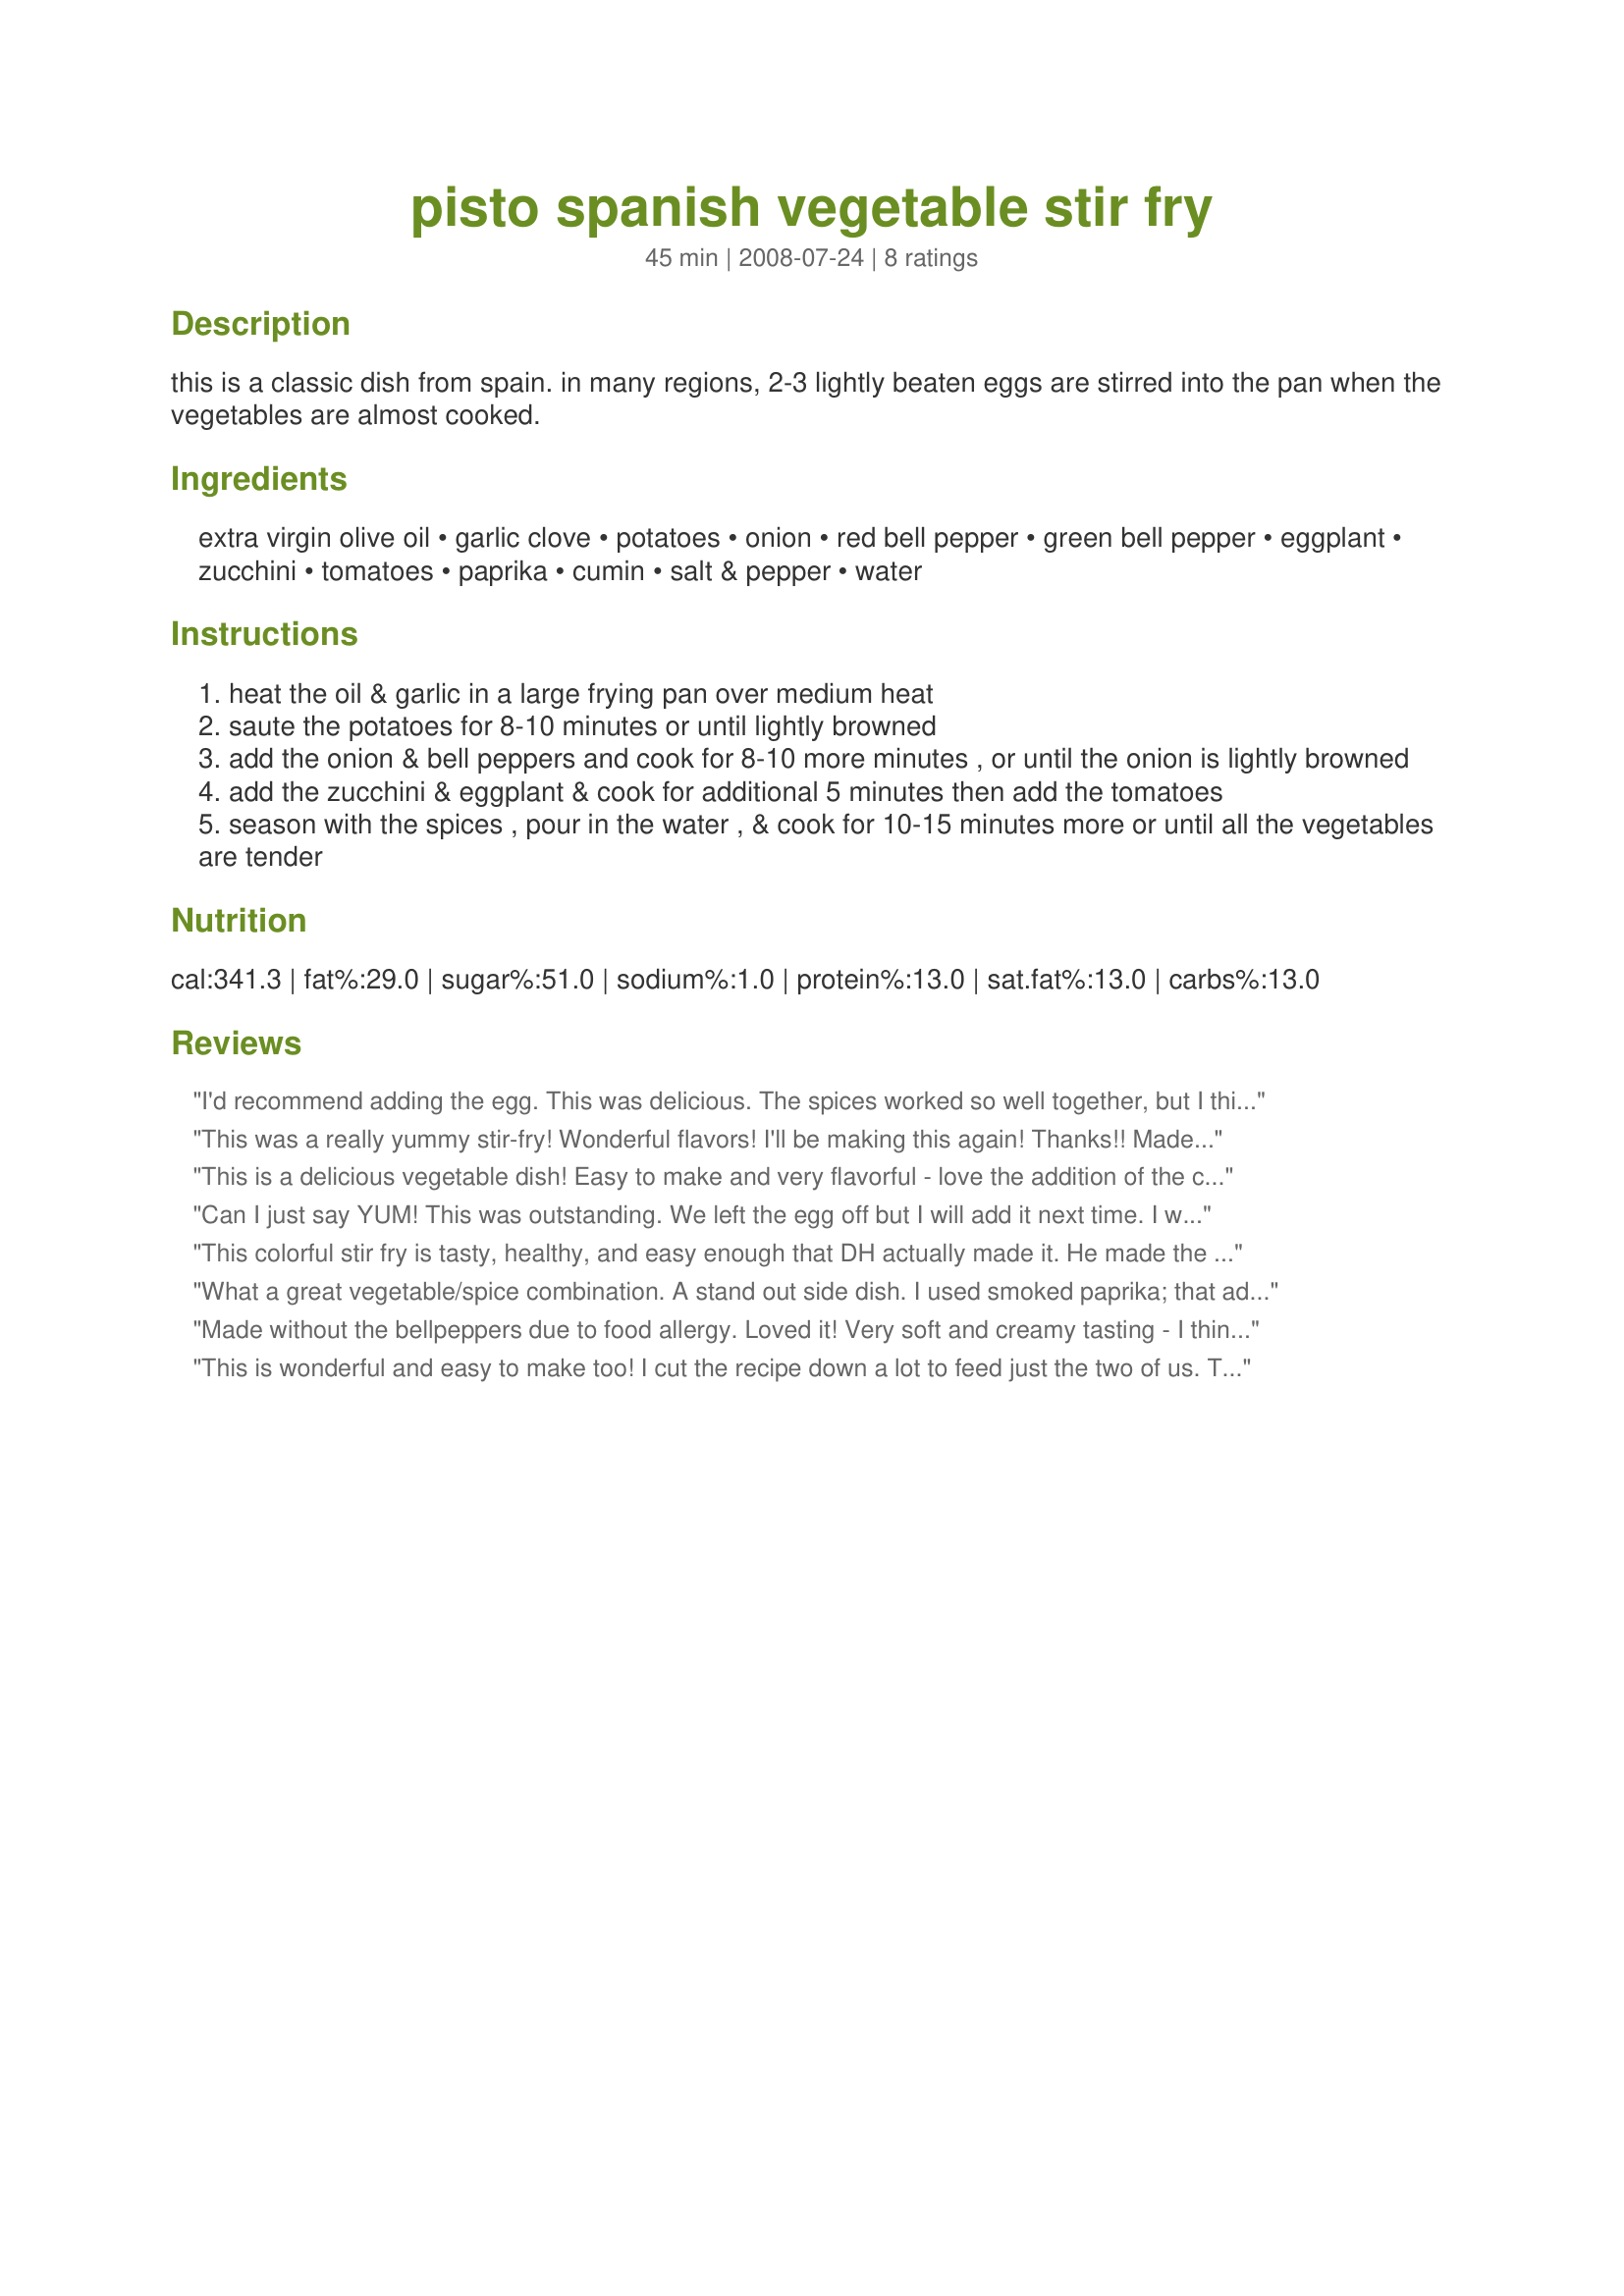
pisto spanish vegetable stir fry
Preparation time: 45 minutes

this is a classic dish from spain. in many regions, 2-3 lightly beaten eggs are stirred into the pan when the vegetables are almost cooked.

Ingredients:
extra virgin olive oil, garlic clove, potatoes, onion, red bell pepper, green bell pepper, eggplant, zucchini, tomatoes, paprika, cumin, salt & pepper, water

Steps:
heat the oil & garlic in a large frying pan over medium heat
saute the potatoes for 8-10 minutes or until lightly browned
add the onion & bell peppers and cook for 8-10 more minutes , or until the onion is lightly browned
add the zucchini & eggplant & cook for additional 5 minutes then add the tomatoes
season with the spices , pour in the water , & cook for 10-15 minutes more or until all the vegetables are tender

Reviews:
I'd recommend adding the egg. This was delicious. The spices worked so well together, but I think the cumin brings the dish together. I made this dish for two and tweaked by sauteing the potatoes until tender, and then adding the rest of the ingredients, including the minced garlic, so as to not burn the garlic. I cooked covered for about 10 minutes, and then added 2 lightly beaten eggs. I made as a main dish but this is really more of a side-dish, IMHO. I love Mediterranean food!! Thanks for posting.
This was a really yummy stir-fry! Wonderful flavors! I'll be making this again! Thanks!! Made for Fall 2008 PAC.
This is a delicious vegetable dish! Easy to make and very flavorful - love the addition of the cumin! I didn't use the eggs this time but will try it next time. Thanks for posting this recipe!
Can I just say YUM! This was outstanding. We left the egg off but I will add it next time. I will be using this as a side dish or early dinner with crusty crunchy bread. Was even better for lunch the next day. Thanks for a very lovely meal.
This colorful stir fry is tasty, healthy, and easy enough that DH actually made it. He made the entire batch so that we have our lunch set for tomorrow. We are not too nuts about green pepper so skipped that but love colored peppers so put 1 red pepper in. The seasonings are perfect! He put the eggs in the last 4 minutes, and covered it so the top would get done. You could also put it under the broiler to get the top of the eggs done. You might add shredded cheese, too. Thanks Nasseh. Made for 1-2-3 Hits Tag.
What a great vegetable/spice combination. A stand out side dish. I used smoked paprika; that added to the flavor. I would suggst adding the garlic later on, as mine got burned by adding it first. I think you could get away with reducing the cooking time quite a bit, I really barely needed to continue cooking it at the last step.
Made without the bellpeppers due to food allergy. Loved it! Very soft and creamy tasting - I think from the potatoes? Didn't do the egg this time.
This is wonderful and easy to make too! I cut the recipe down a lot to feed just the two of us. The changes I made ws using a lot less olive oil, only 1 potato and only 1 bell pepper, only 3 tomatoes and 1/4 teaspoon of paprika and cumin -- wonderful results. Next time I would like to try it with the eggs added as suggested in the description of this recipe. Thanks for sharing this keeper!
